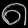
Digit: ၈